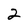
Character: 2